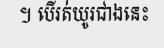
។ បើរត់យូរជាងនេះ